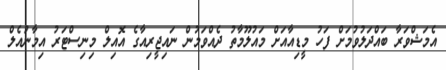
އެމަޝްވަރާ ބައްދަލުވުމަށް ފަހު މީޑިއާއަށް މައުލޫމާތު ދެއްވަމުން ނައިޖީރިއާގެ އޮއިލް މިނިސްޓަރު އިމާނުއެލް